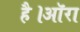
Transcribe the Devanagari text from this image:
है।ऑरा